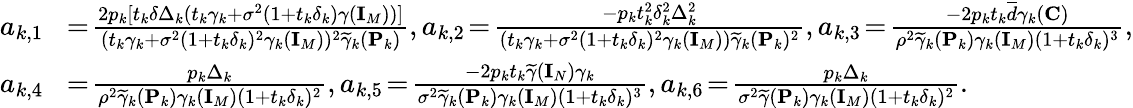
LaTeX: \begin{array}{rl}{a_{k,1}}&{\! =\! \frac{2p_{k}[t_{k}\delta\Delta_{k}(t_{k}\gamma_{k}+\sigma^{2}(1+t_{k}\delta_{k})\gamma({\mathbf{I}}_{M}))]}{(t_{k}\gamma_{k}+\sigma^{2}(1+t_{k}\delta_{k})^{2}\gamma_{k}({\mathbf{I}}_{M}))^{2}\widetilde{\gamma}_{k}({\mathbf{P}}_{k})},a_{k,2}\! =\! \frac{-p_{k}t_{k}^{2}\delta_{k}^{2}\Delta_{k}^{2}}{(t_{k}\gamma_{k}+\sigma^{2}(1+t_{k}\delta_{k})^{2}\gamma_{k}({\mathbf{I}}_{M}))\widetilde{\gamma}_{k}({\mathbf{P}}_{k})^{2}},a_{k,3}\! =\! \frac{-2p_{k}t_{k}\overline{{d}}\gamma_{k}({\mathbf{C}})}{\rho^{2}\widetilde{\gamma}_{k}({\mathbf{P}}_{k})\gamma_{k}({\mathbf{I}}_{M})(1+t_{k}\delta_{k})^{3}},}\\ {a_{k,4}}&{\! =\! \frac{p_{k}\Delta_{k}}{\rho^{2}\widetilde{\gamma}_{k}({\mathbf{P}}_{k})\gamma_{k}({\mathbf{I}}_{M})(1+t_{k}\delta_{k})^{2}},a_{k,5}\! =\! \frac{-2p_{k}t_{k}\widetilde{\gamma}({\mathbf{I}}_{N})\gamma_{k}}{\sigma^{2}\widetilde{\gamma}_{k}({\mathbf{P}}_{k})\gamma_{k}({\mathbf{I}}_{M})(1+t_{k}\delta_{k})^{3}},a_{k,6}\! =\! \frac{p_{k}\Delta_{k}}{\sigma^{2}\widetilde{\gamma}({\mathbf{P}}_{k})\gamma_{k}({\mathbf{I}}_{M})(1+t_{k}\delta_{k})^{2}}.}\end{array}